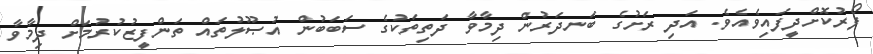
ފޯރުކޮށްދީފައިވެއެވެ. އަދި ރަށުގެ ބަނދަރުން ދިމާވާ ދަތިތަކުގެ ސަބަބުން އުޞޫލުތައް ތަންފީޒުކުރުމަށް ދިމާވާ